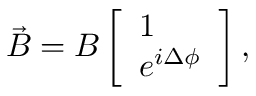
\begin{array} { r } { \vec { B } = B \left[ \begin{array} { l } { 1 } \\ { e ^ { i \Delta \phi } } \end{array} \right] , } \end{array}